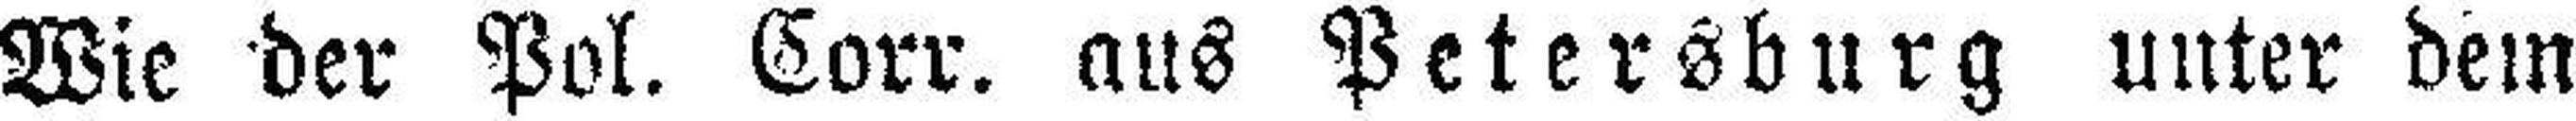
Wie der Pol. Corr. aus Petersburg unter dem